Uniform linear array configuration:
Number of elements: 24
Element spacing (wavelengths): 0.75
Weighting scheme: hamming
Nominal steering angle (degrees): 30
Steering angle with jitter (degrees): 28.613
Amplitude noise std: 0.05
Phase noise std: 0.05

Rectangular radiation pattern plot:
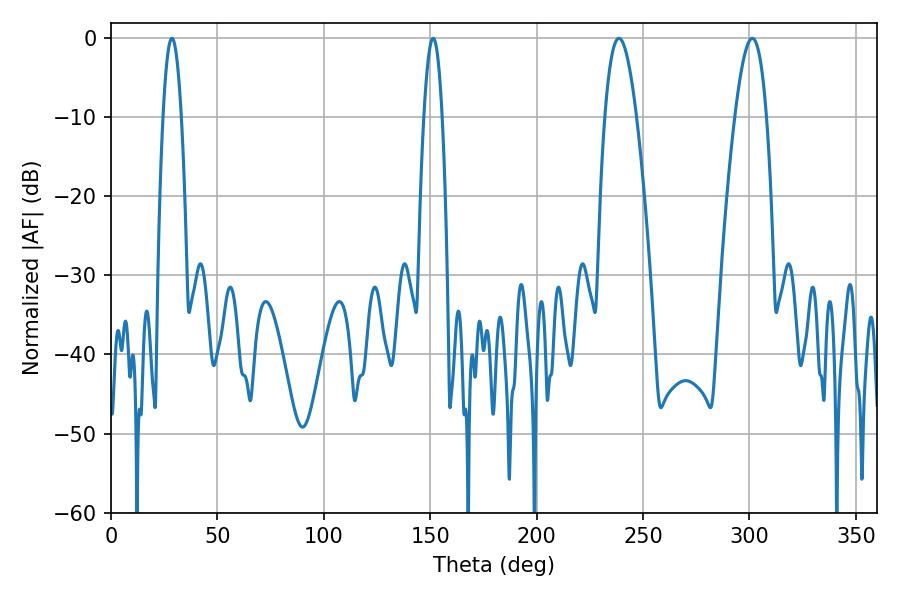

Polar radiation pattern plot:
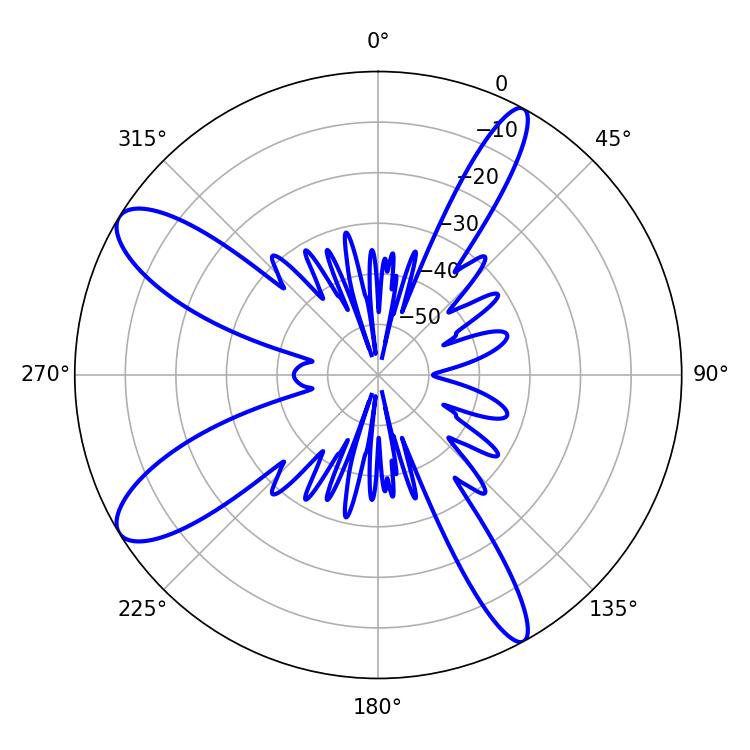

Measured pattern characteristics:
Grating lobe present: TRUE
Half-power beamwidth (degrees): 8.1
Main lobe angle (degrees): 238.68